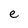
Character: e